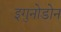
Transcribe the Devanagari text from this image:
इगुनोडोन